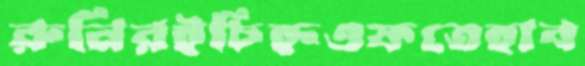
রুনিরইচিহ্নওফতেহাব